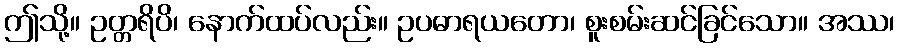
ဤသို့။ ဥတ္တရိပိ၊ နောက်ထပ်လည်း။ ဥပဓာရယတော၊ စူးစမ်းဆင်ခြင်သော။ အဿ၊